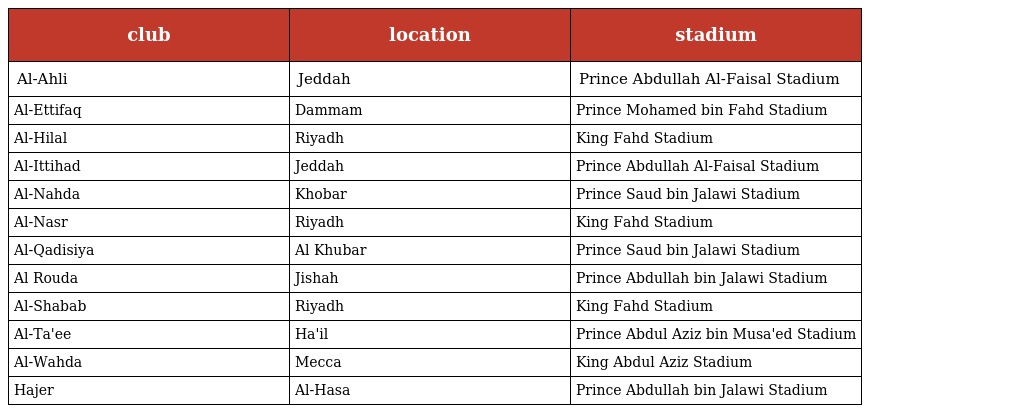
| club | location | stadium |
 | --- | --- | --- |
 | Al-Ahli | Jeddah | Prince Abdullah Al-Faisal Stadium |
 | Al-Ettifaq | Dammam | Prince Mohamed bin Fahd Stadium |
 | Al-Hilal | Riyadh | King Fahd Stadium |
 | Al-Ittihad | Jeddah | Prince Abdullah Al-Faisal Stadium |
 | Al-Nahda | Khobar | Prince Saud bin Jalawi Stadium |
 | Al-Nasr | Riyadh | King Fahd Stadium |
 | Al-Qadisiya | Al Khubar | Prince Saud bin Jalawi Stadium |
 | Al Rouda | Jishah | Prince Abdullah bin Jalawi Stadium |
 | Al-Shabab | Riyadh | King Fahd Stadium |
 | Al-Ta'ee | Ha'il | Prince Abdul Aziz bin Musa'ed Stadium |
 | Al-Wahda | Mecca | King Abdul Aziz Stadium |
 | Hajer | Al-Hasa | Prince Abdullah bin Jalawi Stadium |